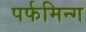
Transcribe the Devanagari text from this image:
पर्फमिन्ग